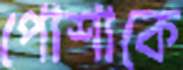
পোশাকে